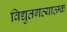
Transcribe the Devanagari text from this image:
विद्युतगत्यात्म्क